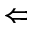
\Leftarrow